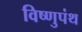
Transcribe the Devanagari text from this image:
विष्णुपंथ